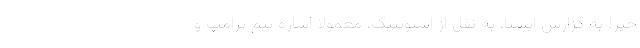
خیر! به گزارش ایسنا، به نقل از اسپوتنیک، معمولا اشاره تیم ترامپ و